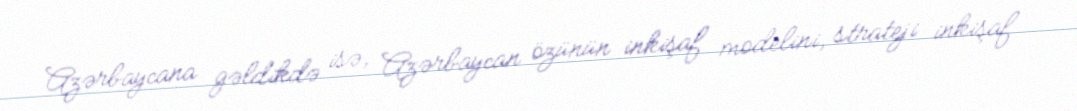
Azərbaycana gəldikdə isə, Azərbaycan özünün inkişaf modelini, strateji inkişaf